Lunatic asylums United Prov. 1922-30 - 1922-1930
Year: 1922
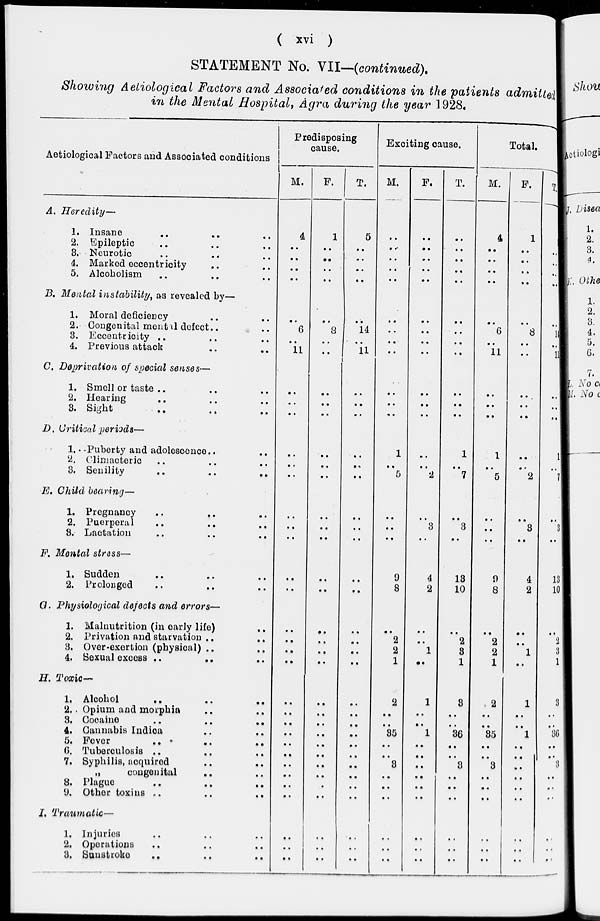
( xvi )
STATEMENT No. VII—(continued).
Showing Aetiological Factors and Associated conditions in the patients admitted
in the Mental Hospital, Agra during the year 1928.
Aetiological Factors and Associated conditions
A. Heredity—
1. Insane .. .. ..
2. Epileptic .. .. ..
3. Neurotic .. .. ..
4. Marked eccentricity .. ..
5. Alcoholism .. .. ..
B. Mental instability, as revealed by—
1. Moral deficiency .. ..
2. Congenital mental defect .. ..
3. Eccentricity .. .. ..
4. Previous attack .. ..
C. Deprivation of special senses—
1. Smell or taste .. .. ..
2. Hearing .. .. ..
3. Sight .. .. ..
D. Critical periods—
1.—Puberty and adolescence .. ..
2. Climacteric .. .. ..
3. Senility
..
..
..
E. Child bearing—
1. Pregnancy .. .. ..
2. Puerperal .. .. ..
3. Lactation
..
..
..
F. Mental stress—
1. Sudden .. .. ..
2. Prolonged .. .. ..
G. Physiological defects and errors—
1. Malnutrition (in early life) ..
2. Privation and starvation .. ..
3. Over-exertion (physical) .. ..
4. Sexual excess
..
..
..
H. Toxic—
1. Alcohol
..
..
..
2. Opium and morphia .. ..
3. Cocaine
..
..
..
4. Cannabis Indica .. ..
5. Fever
..
..
..
6. Tuberculosis .. .. .. ..
7. Syphilis, acquired .. .. ..
„
congenital .. .. ..
8. Plague .. .. ..
9. Other toxins
..
..
..
I. Traumatic—
1. Injuries .. .. ..
2. Operations .. .. ..
3. Sunstroke .. .. ..
Predisposing
cause.
M.
4
..
..
..
..
..
6
..
11
..
..
..
..
..
..
..
..
..
..
..
..
..
..
..
..
..
..
..
..
..
..
..
..
..
..
..
..
F.
1
..
..
..
..
..
8
..
..
..
..
..
..
..
..
..
..
..
..
..
..
..
..
..
..
..
..
..
..
..
..
..
..
..
..
..
..
T.
5
..
..
..
..
..
14
..
11
..
..
..
..
..
..
..
..
..
..
..
..
..
..
..
..
..
..
..
..
..
..
..
..
..
..
..
..
Exciting cause.
M.
..
..
..
..
..
..
..
..
..
..
..
..
1
..
5
..
..
..
9
8
..
2
2
1
2
..
..
35
..
..
3
..
..
..
..
..
..
F.
..
..
..
..
..
..
..
..
..
..
..
..
..
..
2
..
3
..
4
2
..
..
1
..
1
..
..
1
..
..
..
..
..
..
..
..
..
T.
..
..
..
..
..
..
..
..
..
..
..
..
1
..
7
..
3
..
13
10
..
2
3
1
3
..
..
36
..
..
3
..
..
..
..
..
..
Total.
M.
4
..
..
..
..
..
6
..
11
..
..
..
1
..
5
..
..
..
9
8
..
2
2
1
2
..
..
35
..
..
3
..
..
..
..
..
..
F.
1
..
..
..
..
..
8
..
..
..
..
..
..
..
2
..
3
..
4
2
..
..
1
..
1
..
..
1
..
..
..
..
..
..
..
..
..
T.
5
..
..
..
..
..
14
..
11
..
..
..
1
7
..
3
..
13
10
..
2
3
1
3
..
..
36
..
..
3
..
..
..
..
..
..